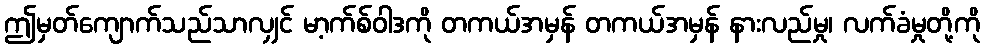
ဤမှတ်ကျောက်သည်သာလျှင် မာ့က်စ်ဝါဒကို တကယ်အမှန် တကယ်အမှန် နားလည်မှု၊ လက်ခံမှုတို့ကို